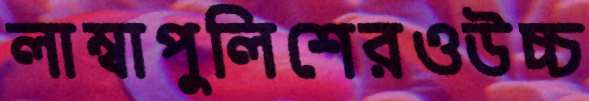
লাম্বাপুলিশেরওউচ্চ